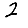
Digit: 2